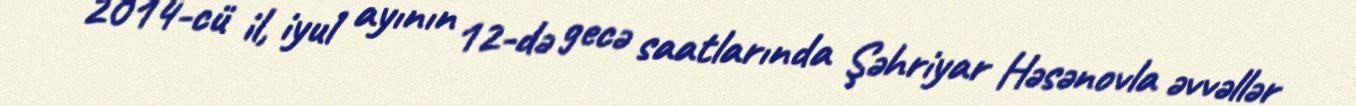
2014-cü il, iyul ayının 12-də gecə saatlarında Şəhriyar Həsənovla əvvəllər